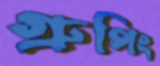
গ্রুপিং